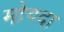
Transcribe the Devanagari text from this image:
मोगदा